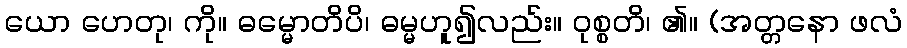
ယော ဟေတု၊ ကို။ ဓမ္မောတိပိ၊ ဓမ္မဟူ၍လည်း။ ဝုစ္စတိ၊ ၏။ (အတ္တနော ဖလံ